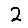
Digit: 2